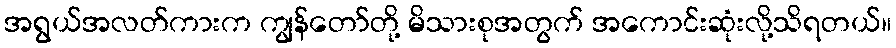
အရွယ်အလတ်ကားက ကျွန်တော်တို့ မိသားစုအတွက် အကောင်းဆုံးလို့သိရတယ်။